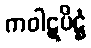
ကဝါဋပိဋ္ဌံ